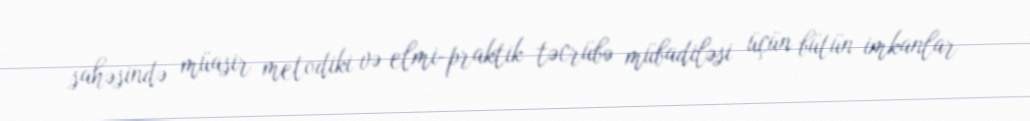
sahəsində müasir metodiki və elmi-praktik təcrübə mübadiləsi üçün bütün imkanlar